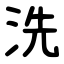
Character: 洗